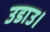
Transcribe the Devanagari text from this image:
उडाउ।